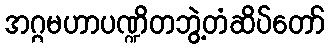
အဂ္ဂမဟာပဏ္ဍိတဘွဲ့တံဆိပ်တော်